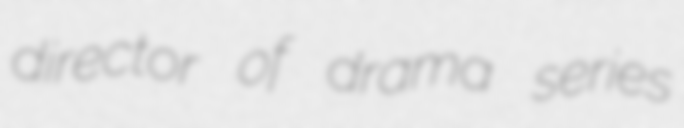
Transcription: director of drama series